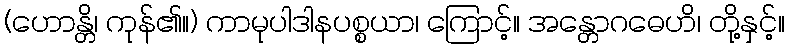
(ဟောန္တိ၊ ကုန်၏။) ကာမုပါဒါနပစ္စယာ၊ ကြောင့်။ အန္တောဂဓေဟိ၊ တို့နှင့်။